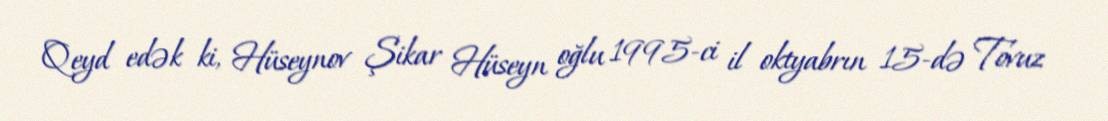
Qeyd edək ki, Hüseynov Şikar Hüseyn oğlu 1995-ci il oktyabrın 15-də Tovuz